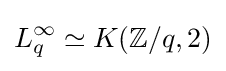
L_{q}^{\infty }\simeq K(\mathbb {Z} /q,2)